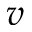
v